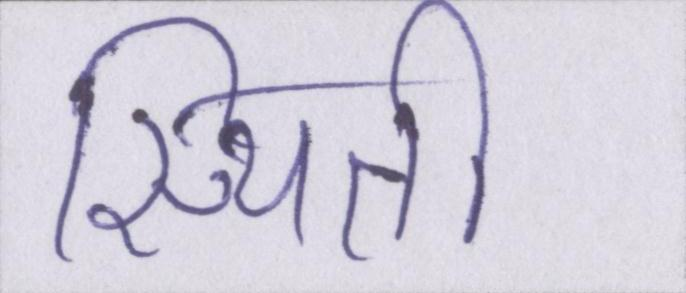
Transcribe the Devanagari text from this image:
स्थिती